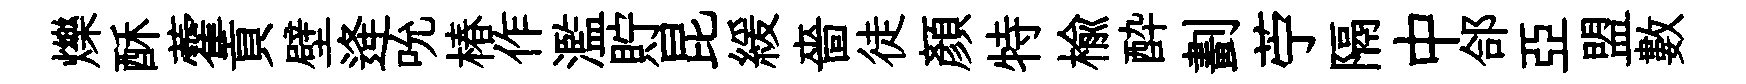
爍酥藿貢壁逄吮椿作濫貯昆緩嗇徒顏特榆酔劃苧隔中郃亞盟數